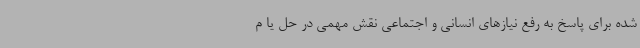
شده برای پاسخ به رفع نیازهای انسانی و اجتماعی نقش مهمی در حل یا م